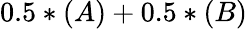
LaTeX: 0.5*(A)+0.5*(B)